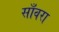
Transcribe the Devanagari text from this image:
साँवरा